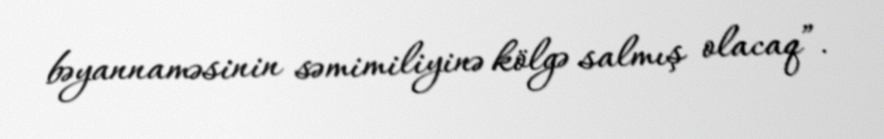
bəyannaməsinin səmimiliyinə kölgə salmış olacaq”.